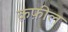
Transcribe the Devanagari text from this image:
क़फ़ील